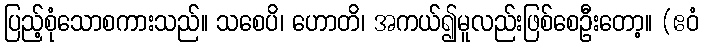
ပြည့်စုံသောစကားသည်။ သစေပိ၊ ဟောတိ၊ အကယ်၍မူလည်းဖြစ်စေဦးတော့။ (ဧဝံ